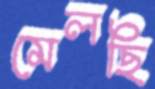
মেলছি